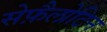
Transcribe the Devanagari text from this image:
सेफ़ैलोटिन